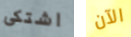
اشتكى الآن